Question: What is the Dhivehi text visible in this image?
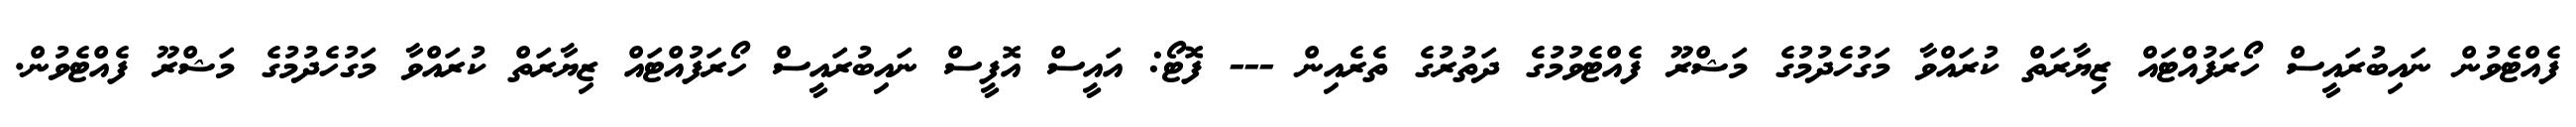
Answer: ފެއްޓެވުން ނައިބުރައީސް ހޯރަފުއްޓައް ޒިޔާރަތް ކުރައްވާ މަގުހެދުމުގެ މަޝްރޫ ފެއްޓެވުމުގެ ދަތުރުގެ ތެރެއިން --- ފޮޓޯ: އައީސް އޮފީސް ނައިބުރައީސް ހޯރަފުއްޓައް ޒިޔާރަތް ކުރައްވާ މަގުހެދުމުގެ މަޝްރޫ ފެއްޓެވުން.